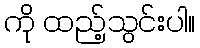
ကို ထည့်သွင်းပါ။